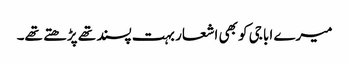
میرے ابا جی کو بھی اشعار بہت پسند تھے پڑھتے تھے۔